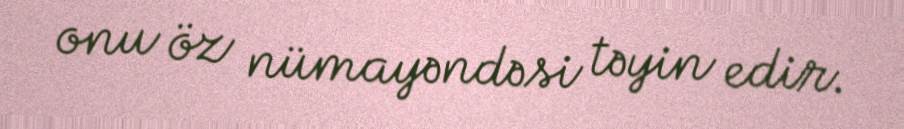
onu öz nümayəndəsi təyin edir.